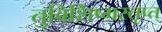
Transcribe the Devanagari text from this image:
तुविशिष्मस्तृप्त्